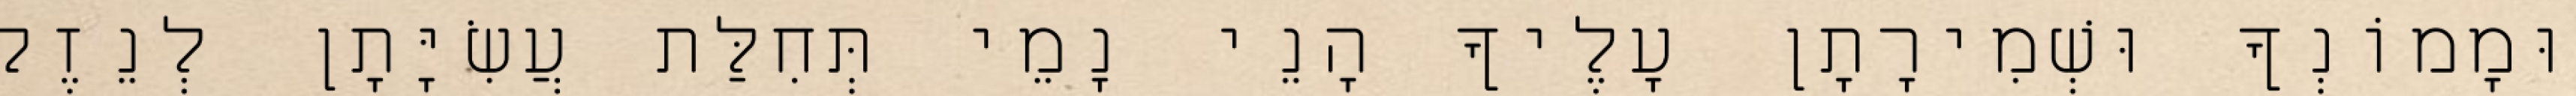
וּמָמוֹנְךָ וּשְׁמִירָתָן עָלֶיךָ הָנֵי נָמֵי תְּחִלַּת עֲשִׂיָּתָן לְנֵזֶק